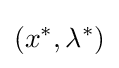
(x^{*},\lambda ^{*})